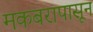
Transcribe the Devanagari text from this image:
मकबरापासून